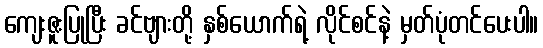
ကျေးဇူးပြုပြီး ခင်ဗျားတို့ နှစ်ယောက်ရဲ့ လိုင်စင်နဲ့ မှတ်ပုံတင်ပေးပါ။